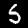
Label: 5